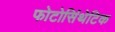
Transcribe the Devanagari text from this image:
फोटोसिंथेटिक